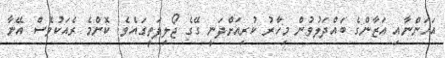
އަހަންނާއި އަޒާންގެ ބައްދަލުވުން މިހާރު ކުރިއަށްދަނީ ގޭގެ ޖޯލިފަތީގައެވެ. ކޮންމެ ރެއަކުވެސް އޭނާ